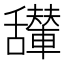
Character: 𱼴